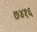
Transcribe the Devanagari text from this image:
७४१६